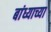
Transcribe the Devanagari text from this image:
बांध्याच्या